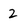
Character: 2